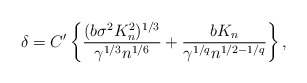
\begin{align*}\delta = C' \left \{ \frac{(b\sigma^2 K_n^2)^{1/3}}{\gamma^{1/3}n^{1/6}}+\frac{b K_n}{\gamma^{1/q}n^{1/2-1/q}}\right \},\end{align*}